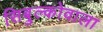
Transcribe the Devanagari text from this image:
सिबुल्कोवाला